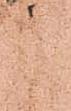
被